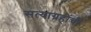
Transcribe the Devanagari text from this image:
सत्याग्रहींची